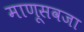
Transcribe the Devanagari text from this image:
माणूसवजा